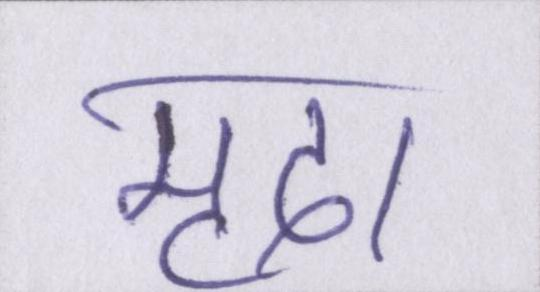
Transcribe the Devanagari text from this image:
मृदा